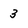
Character: 3